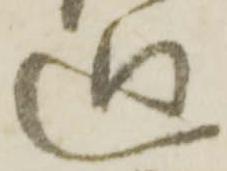
廻